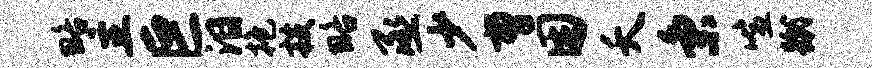
略主巨泪抱技略丞少曹困夭秉喧蹴